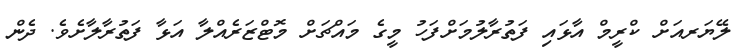
ލޭޔަރއަށް ކްރީމް އާޅައި ފަތުރާލުމަށްފަހު މީގެ މައްޗަށް މޮޓްޒަރެއްލާ އަޅާ ފަތުރާލާށެވެ. ދެން